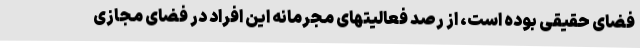
فضای حقیقی بوده است، از رصد فعالیتهای مجرمانه این افراد در فضای مجازی